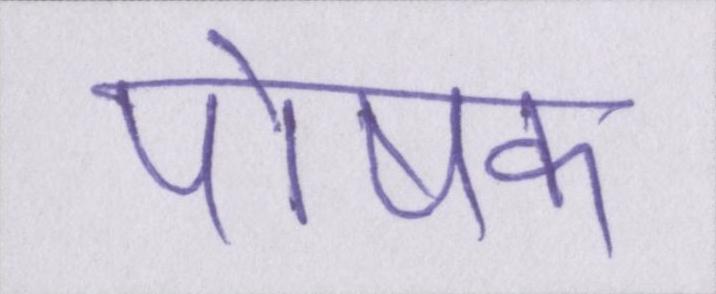
पोषक